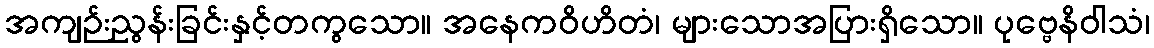
အကျဉ်းညွန်းခြင်းနှင့်တကွသော။ အနေကဝိဟိတံ၊ များသောအပြားရှိသော။ ပုဗ္ဗေနိဝါသံ၊